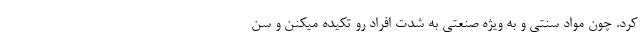
کرد. چون مواد سنتی و به ویژه صنعتی به شدت افراد رو تکیده میکنن و سن